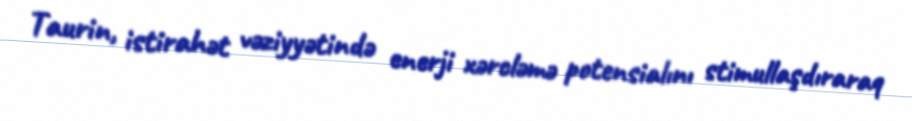
Taurin, istirahət vəziyyətində enerji xərcləmə potensialını stimullaşdıraraq